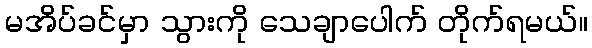
မအိပ်ခင်မှာ သွားကို သေချာပေါက် တိုက်ရမယ်။